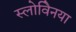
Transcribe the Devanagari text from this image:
स्लोवेिनया